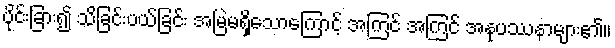
ပိုင်းခြား၍ သိခြင်းပယ်ခြင်း အမြဲမရှိသောကြောင့် အကြင် အကြင် အနုပဿနာများ၏။